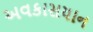
અવકાસયાન